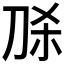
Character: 𭃛